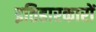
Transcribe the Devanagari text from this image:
इतिहारकारों